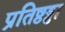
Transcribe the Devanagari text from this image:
प्रतिष्ठड्ढा